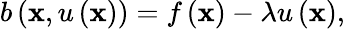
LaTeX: b\left(\mathbf{x},u\left(\mathbf{x}\right)\right)=f\left(\mathbf{x}\right)-\lambda u\left(\mathbf{x}\right),